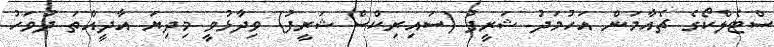
ސްޓެލްކޯގެ ޗެއާމަން އަހުމަދު ޝަރީފު (ސައިރިކްސް ޝަރީފު) ވިދާޅުވީ މިދިޔަ އާދީއްތަ ދުވަހު